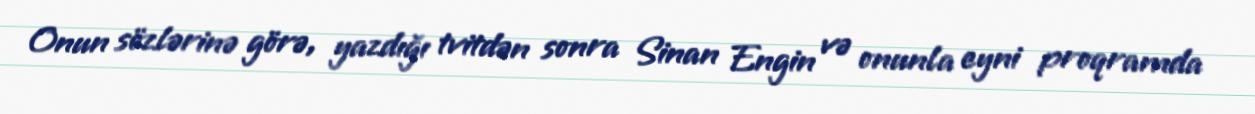
Onun sözlərinə görə, yazdığı tvitdən sonra Sinan Engin və onunla eyni proqramda